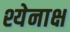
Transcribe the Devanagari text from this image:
श्येनाक्ष